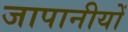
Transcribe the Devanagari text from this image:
जापानीयों